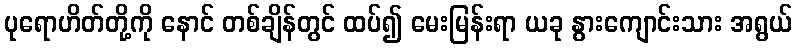
ပုရောဟိတ်တို့ကို နောင် တစ်ချိန်တွင် ထပ်၍ မေးမြန်းရာ ယခု နွားကျောင်းသား အရွယ်